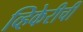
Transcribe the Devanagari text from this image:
व्हिकेरीची